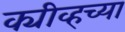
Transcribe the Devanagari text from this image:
क्यीव्हच्या